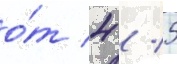
о́т 4 / 5